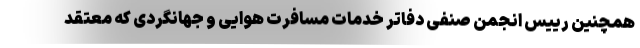
همچنین رییس انجمن صنفی دفاتر خدمات مسافرت هوایی و جهانگردی که معتقد